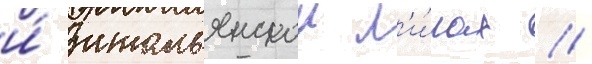
и́ итальянскои л'и́гах //